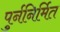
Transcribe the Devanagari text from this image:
पुर्ननिर्मित